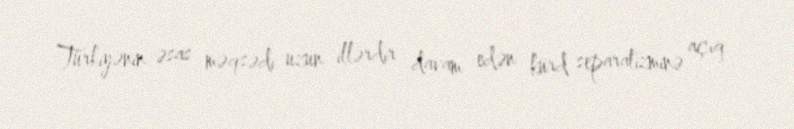
Türkiyənin əsas məqsədi uzun illərdir davam edən kürd separatizminə açıq